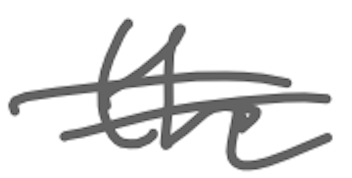
Text: the
Cross-out: double-line
Writing tool: digital_gray